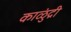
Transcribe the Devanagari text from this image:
काळुंद्री